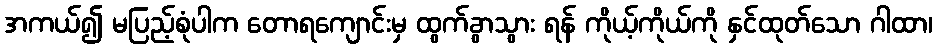
အကယ်၍ မပြည့်စုံပါက တောရကျောင်းမှ ထွက်ခွာသွား ရန် ကိုယ့်ကိုယ်ကို နှင်ထုတ်သော ဂါထာ၊